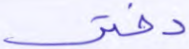
دفتر